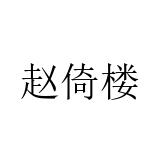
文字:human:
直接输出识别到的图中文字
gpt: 赵倚楼